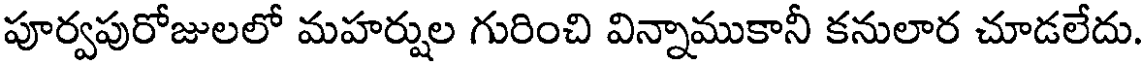
పూర్వపురోజులలో మహర్షుల గురించి విన్నాముకానీ కనులార చూడలేదు.